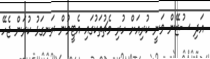
އަދި ސުޒޭން ވަނީ ކުރިއަށް ހުރި މެޗުތަކުގައި އެޓީމުން ރަނގަޅު ކުރަން ޖެހޭ